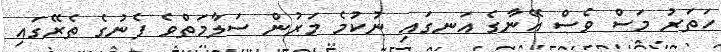
ހަތަރު މަސް ވެސް އޭނާގެ އަނގައި ނުކުމެ މަރުން ސަލާމަތްވެ ފެނުގެ ތެރޭގައި